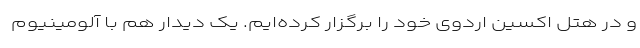
و در هتل اکسین اردوی خود را برگزار کرده‌ایم. یک دیدار هم با آلومینیوم